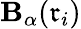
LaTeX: \mathbf{B}_{\alpha}(\mathfrak{{r}}_{i})